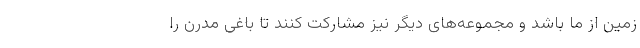
زمین از ما باشد و مجموعه‌های دیگر نیز مشارکت کنند تا باغی مدرن را